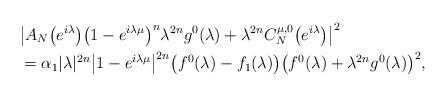
LaTeX: \begin{align*}&\big|A_N\bigl(e^{i\lambda}\bigr)\bigl(1-e^{i\lambda\mu}\bigr)^{n}\lambda^{2n}g^0(\lambda)+\lambda^{2n}C^{\mu,0}_{N}\big(e^{i\lambda}\big)\big|^2\\&=\alpha_1|\lambda|^{2n}\big|1-e^{i\lambda\mu}\big|^{2n}\bigl(f^0(\lambda)-f_1(\lambda)\bigr)\bigl(f^0(\lambda)+\lambda^{2n}g^0(\lambda)\bigr)^2,\end{align*}